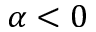
\alpha < 0